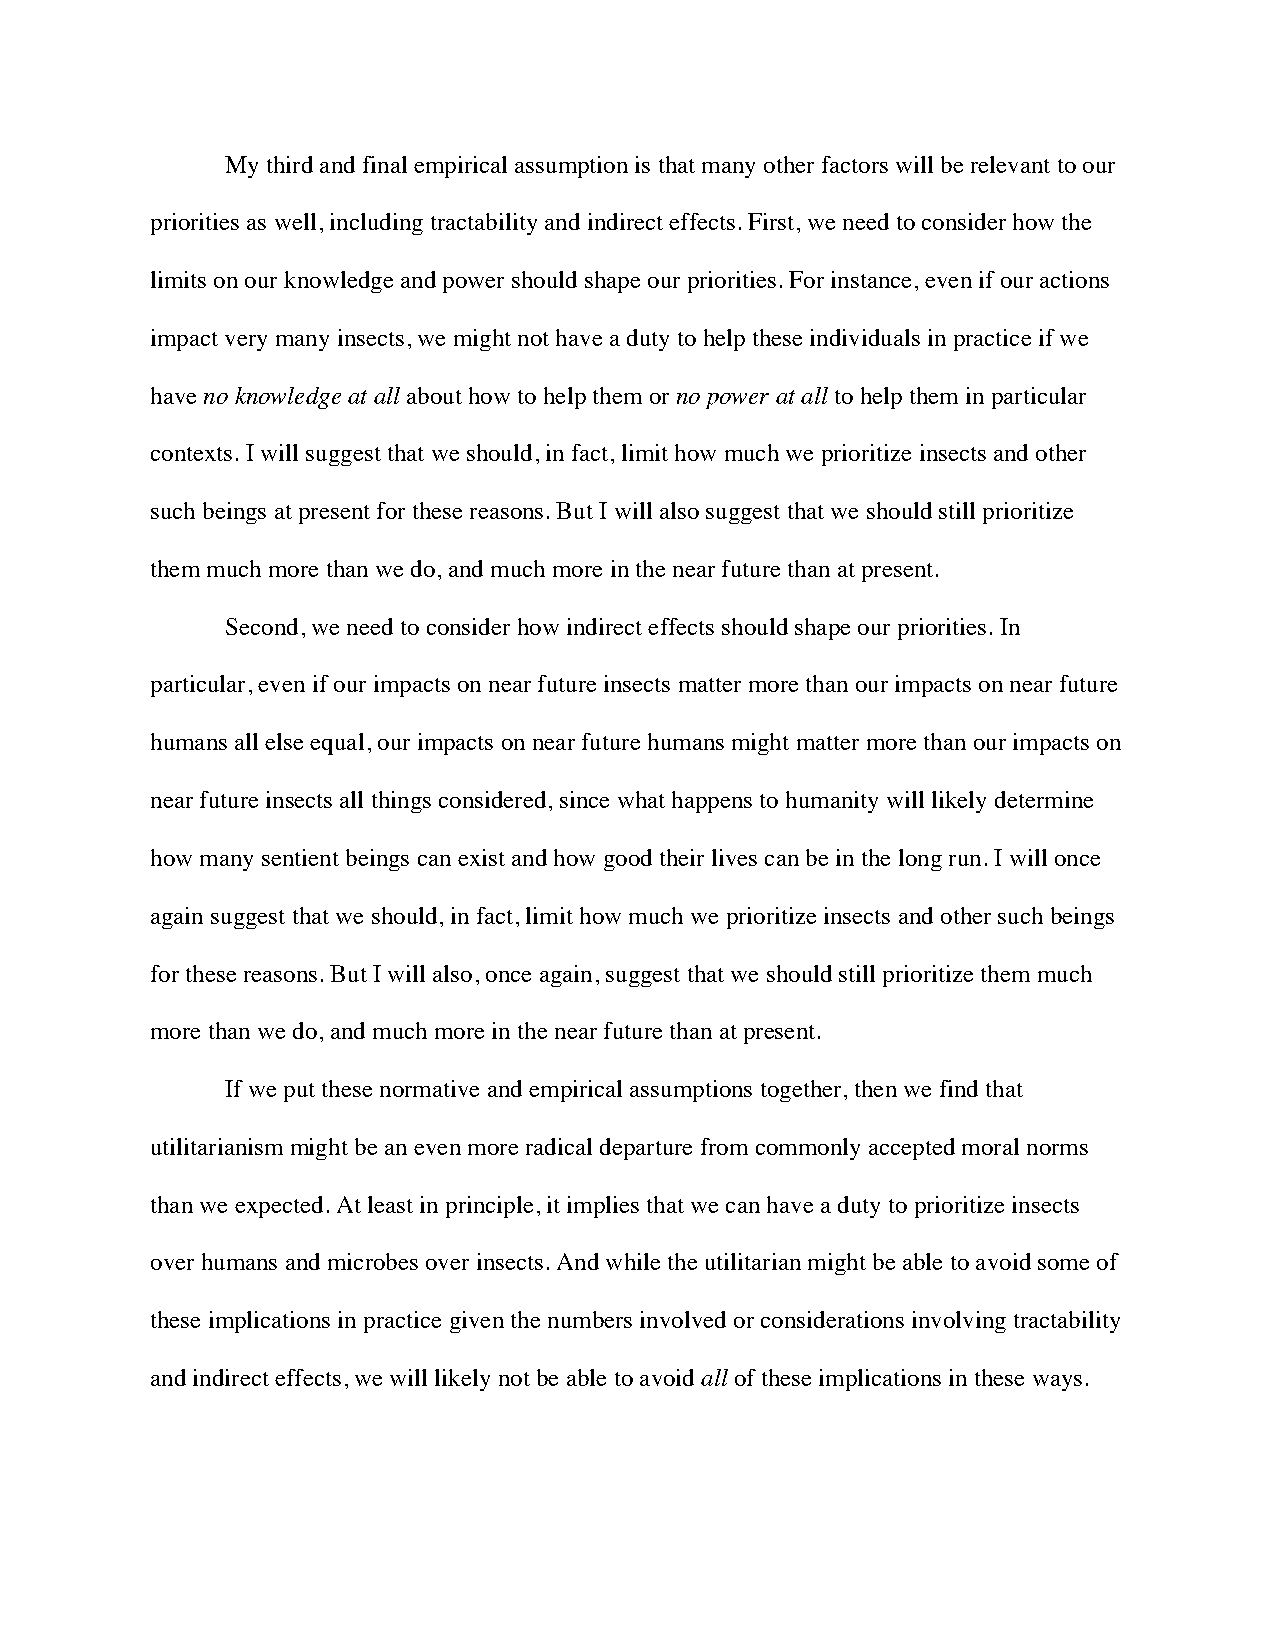
My third and final empirical assumption is that many other factors will be relevant to our
 priorities as well, including tractability and indirect effects. First, we need to consider how the
 limits on our knowledge and power should shape our priorities. For instance, even if our actions
 impact very many insects, we might not have a duty to help these individuals in practice if we
 have no knowledge at all about how to help them or no power at all to help them in particular
 contexts. I will suggest that we should, in fact, limit how much we prioritize insects and other
 such beings at present for these reasons. But I will also suggest that we should still prioritize
 them much more than we do, and much more in the near future than at present.
 Second, we need to consider how indirect effects should shape our priorities. In
 particular, even if our impacts on near future insects matter more than our impacts on near future
 humans all else equal, our impacts on near future humans might matter more than our impacts on
 near future insects all things considered, since what happens to humanity will likely determine
 how many sentient beings can exist and how good their lives can be in the long run. I will once
 again suggest that we should, in fact, limit how much we prioritize insects and other such beings
 for these reasons. But I will also, once again, suggest that we should still prioritize them much
 more than we do, and much more in the near future than at present.
 If we put these normative and empirical assumptions together, then we find that
 utilitarianism might be an even more radical departure from commonly accepted moral norms
 than we expected. At least in principle, it implies that we can have a duty to prioritize insects
 over humans and microbes over insects. And while the utilitarian might be able to avoid some of
 these implications in practice given the numbers involved or considerations involving tractability
 and indirect effects, we will likely not be able to avoid all of these implications in these ways.